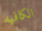
الكافيه